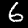
Label: 6